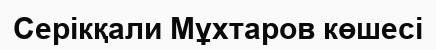
Серікқали Мұхтаров көшесі